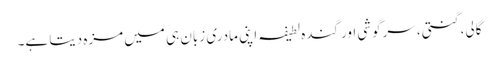
گالی، گنتی، سرگوشی اور گندہ لطیفہ اپنی مادری زبان ہی میں مزہ دیتا ہے۔